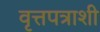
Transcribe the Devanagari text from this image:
वृत्तपत्राशी